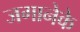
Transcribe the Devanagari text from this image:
जगानेके